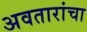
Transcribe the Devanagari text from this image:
अवतारांचा